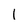
Character: I